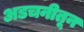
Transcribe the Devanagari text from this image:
अडचनीतून